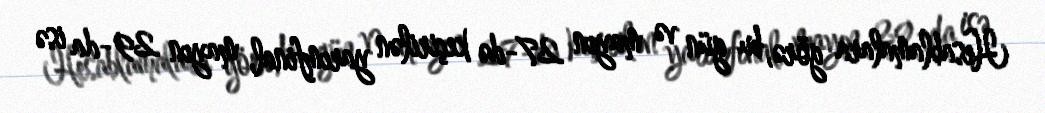
Hesablamalara görə, bu gün və mayın 27-də keçirilən yarımfinal, mayın 29-da isə